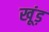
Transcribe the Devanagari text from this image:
खूंड़